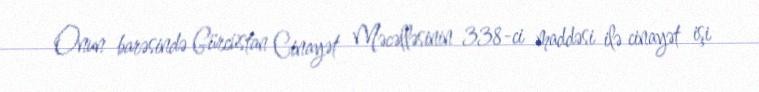
Onun barəsində Gürcüstan Cinayət Məcəlləsinin 338-ci maddəsi ilə cinayət işi